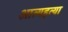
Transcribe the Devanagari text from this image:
आत्यहत्या